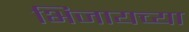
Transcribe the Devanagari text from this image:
भिजायच्या